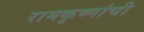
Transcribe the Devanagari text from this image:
रामकृष्णांची